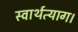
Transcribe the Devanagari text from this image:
स्वार्थत्याग।